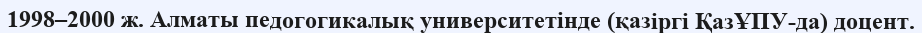
1998–2000 ж. Алматы педогогикалық университетінде (қазіргі ҚазҰПУ-да) доцент.